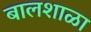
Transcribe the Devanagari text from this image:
बालशाळा